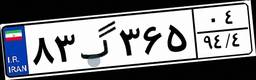
۸۳گ۳۶۵۰۴